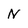
Character: N